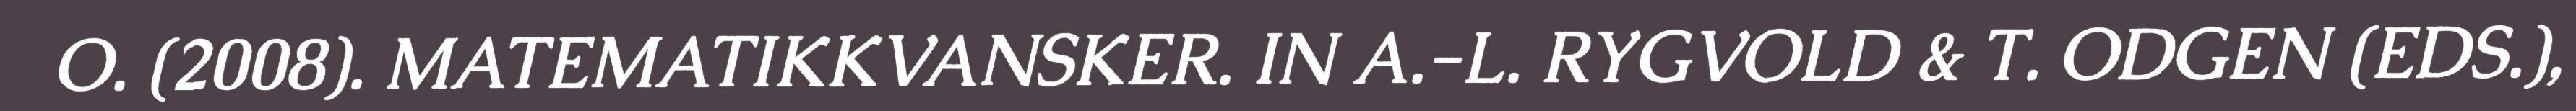
O. (2008). MATEMATIKKVANSKER. IN A.-L. RYGVOLD & T. ODGEN (EDS.),